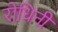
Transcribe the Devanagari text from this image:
रोधिनी